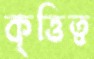
কৃত্তিত্ব